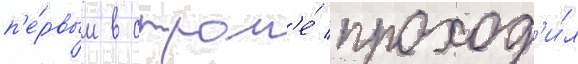
п'е́рвым в стран'е́ проход'и́л